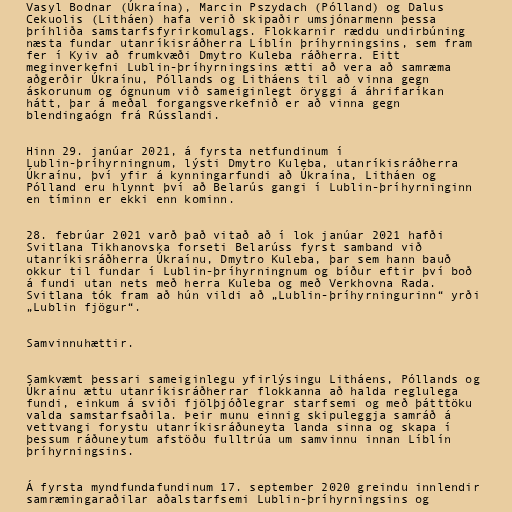
Vasyl Bodnar (Úkraína), Marcin Pszydach (Pólland) og Dalus
Cekuolis (Litháen) hafa verið skipaðir umsjónarmenn þessa
þríhliða samstarfsfyrirkomulags. Flokkarnir ræddu undirbúning
næsta fundar utanríkisráðherra Líblín þríhyrningsins, sem fram
fer í Kyiv að frumkvæði Dmytro Kuleba ráðherra. Eitt
meginverkefni Lublin-þríhyrningsins ætti að vera að samræma
aðgerðir Úkraínu, Póllands og Litháens til að vinna gegn
áskorunum og ógnunum við sameiginlegt öryggi á áhrifaríkan
hátt, þar á meðal forgangsverkefnið er að vinna gegn
blendingaógn frá Rússlandi.

Hinn 29. janúar 2021, á fyrsta netfundinum í
Lublin-þríhyrningnum, lýsti Dmytro Kuleba, utanríkisráðherra
Úkraínu, því yfir á kynningarfundi að Úkraína, Litháen og
Pólland eru hlynnt því að Belarús gangi í Lublin-þríhyrninginn
en tíminn er ekki enn kominn.

28. febrúar 2021 varð það vitað að í lok janúar 2021 hafði
Svitlana Tikhanovska forseti Belarúss fyrst samband við
utanríkisráðherra Úkraínu, Dmytro Kuleba, þar sem hann bauð
okkur til fundar í Lublin-þríhyrningnum og bíður eftir því boð
á fundi utan nets með herra Kuleba og með Verkhovna Rada.
Svitlana tók fram að hún vildi að „Lublin-þríhyrningurinn“ yrði
„Lublin fjögur“.

Samvinnuhættir.

Samkvæmt þessari sameiginlegu yfirlýsingu Litháens, Póllands og
Úkraínu ættu utanríkisráðherrar flokkanna að halda reglulega
fundi, einkum á sviði fjölþjóðlegrar starfsemi og með þátttöku
valda samstarfsaðila. Þeir munu einnig skipuleggja samráð á
vettvangi forystu utanríkisráðuneyta landa sinna og skapa í
þessum ráðuneytum afstöðu fulltrúa um samvinnu innan Líblín
þríhyrningsins.

Á fyrsta myndfundafundinum 17. september 2020 greindu innlendir
samræmingaraðilar aðalstarfsemi Lublin-þríhyrningsins og